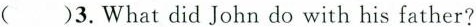
( )3.What did John do with his father?